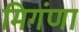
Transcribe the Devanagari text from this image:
मिगंणा